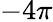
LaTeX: -4\pi